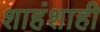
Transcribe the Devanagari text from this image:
शाहंशाही